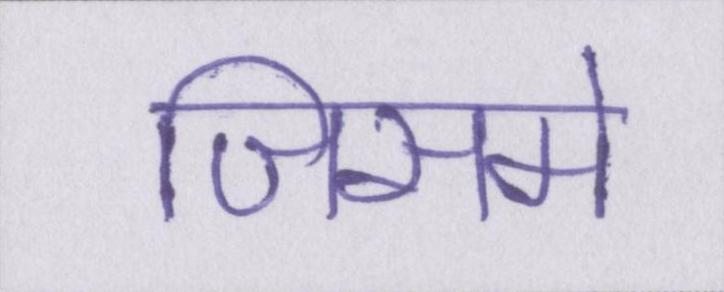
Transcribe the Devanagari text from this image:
जिसमे